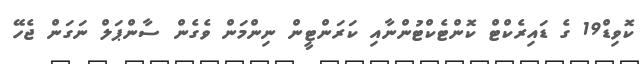
ކޮވިޑް19 ގެ ޑައިރެކްޓް ކޮންޓެކްޓުންނާއި ކަރަންޓީން ނިންމަން ވެގެން ސާންޕަލް ނަގަން ޖެހޭ